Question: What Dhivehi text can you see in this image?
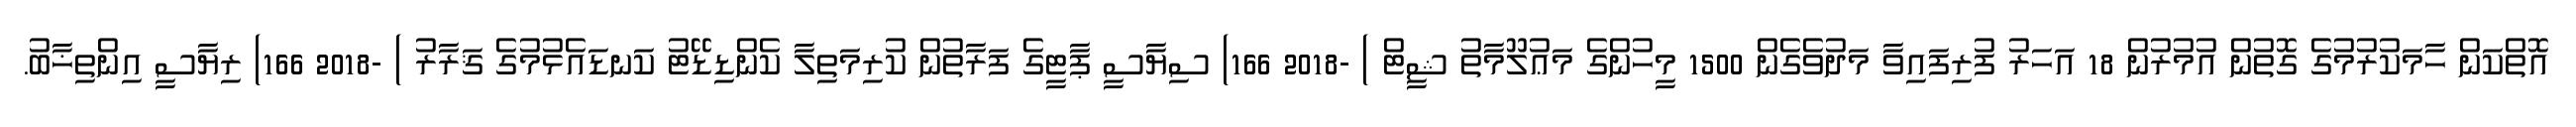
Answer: އޮތްކަން ހާމަކުރުމުގެ ގޮތުން އުމުރުން 18 އަހަރު ފުރިފައިވާ މަދުވެގެން 1500 މީހުންގެ މަޢުލޫމާތު ޝީޓް ) -2018 166) ސިޔާސީ ޕާޓީގެ ފަރާތުން ކުރިމަތިލާ ކެންޑިޑޭޓު ކަނޑައެޅުމުގެ ޤަރާރު ) -2018 166) ރިޔާސީ އިންތިޚާބު.